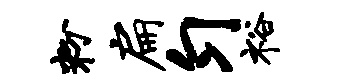
粉扁匀裕